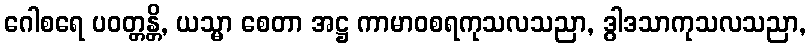
ဂေါစရေ ပဝတ္တန္တိ, ယသ္မာ စေတာ အဋ္ဌ ကာမာဝစရကုသလသညာ, ဒွါဒသာကုသလသညာ,